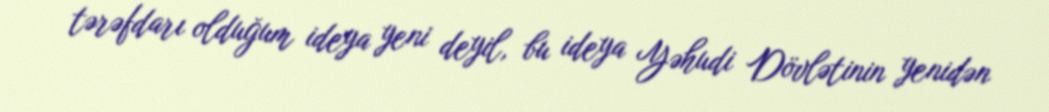
tərəfdarı olduğum ideya yeni deyil, bu ideya Yəhudi Dövlətinin yenidən